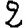
Digit: 2